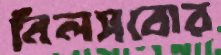
নিলসবোর